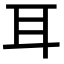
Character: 耳